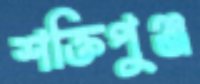
শক্তিপুঞ্জ